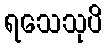
ရသေသုပိ